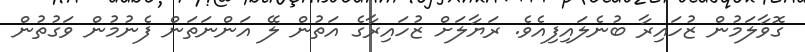
ގޮވާލަމުން ޒުހައިރާ ބުނެލައިފިއެވެ. ރަޔާލަށް ޒުހައިރާގެ އަތުން ލޭ އަންނަތަން ފެނުމުން ވަގުތުން